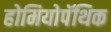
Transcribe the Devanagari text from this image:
होमियोपॅथिक